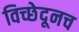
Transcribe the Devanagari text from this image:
विच्छेदूनच